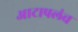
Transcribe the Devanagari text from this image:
आटापलंच